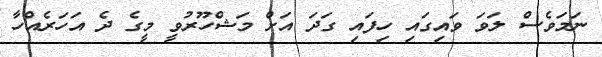
ނަމަވެސް ލަވަ ވައިގައި ހިފައި ގަދަ އަށް މަޝްހޫރުވީ މީގެ ދެ އަހަރެއްހާ